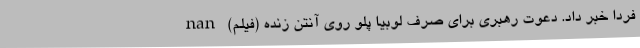
فردا خبر داد. دعوت رهبری برای صرف لوبیا پلو روی آنتن زنده (فیلم) nan